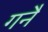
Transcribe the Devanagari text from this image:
गनै